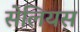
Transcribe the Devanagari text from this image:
सेलियस